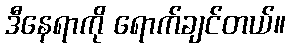
ဒီနေရာကို ရောက်ချင်တယ်။